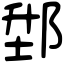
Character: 𨛘